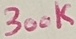
Text: 300K